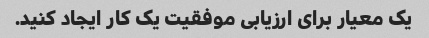
یک معیار برای ارزیابی موفقیت یک کار ایجاد کنید.